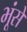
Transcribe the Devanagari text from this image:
भूंसे